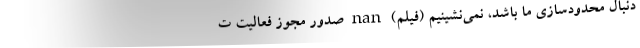
دنبال محدودسازی ما باشد، نمی‌نشینیم (فیلم) nan صدور مجوز فعالیت ت